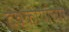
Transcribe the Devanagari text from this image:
देवकार्याच्या